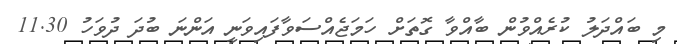
މި ބައްދަލު ކުރެއްވުން ބާއްވާ ގޮތަށް ހަމަޖެއްސަވާފައިވަނީ އަންނަ ބުދަ ދުވަހު 11.30